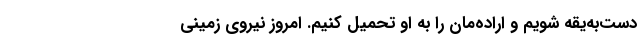
دست‌به‌یقه شویم و اراده‌مان را به او تحمیل کنیم. امروز نیروی زمینی